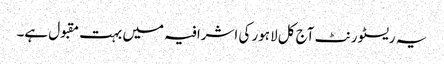
یہ ریسٹورنٹ آج کل لاہور کی اشرافیہ میں بہت مقبول ہے۔